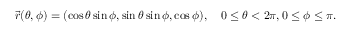
{ \vec { r } } ( \theta , \phi ) = ( \cos \theta \sin \phi , \sin \theta \sin \phi , \cos \phi ) , \quad 0 \leq \theta < 2 \pi , 0 \leq \phi \leq \pi .